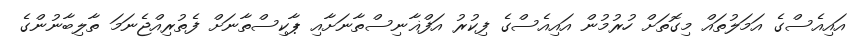
އައިއެސްގެ އަމަލުތައް މިގޮތަށް ހުރުމުން އައިއެސްގެ ފިކުރު އަފްޣާނިސްތާނަށާއި ޕާކިސްތާނަށް ފެތުރިއްޖެނަމަ ތާލިބާނުންގެ